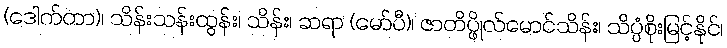
(ဒေါက်တာ)၊ သိန်းသန်းထွန်း၊ သိန်း၊ ဆရာ (မော်ပီ)၊ ဇာတိပ္ဖိုလ်မောင်သိန်း၊ သိပ္ပံစိုးမြင့်နိုင်၊